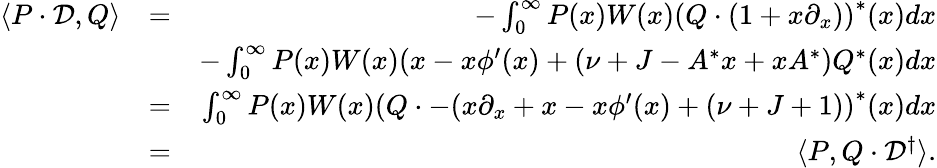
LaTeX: \begin{array}{rlr}{\langle P\cdot\mathcal{D},Q\rangle}&{=}&{-\int_{0}^{\infty}P(x)W(x)\left(Q\cdot(1+x\partial_{x})\right)^{\ast}(x)dx}\\ &{}&{-\int_{0}^{\infty}P(x)W(x)(x-x\phi^{\prime}(x)+(\nu+J-A^{\ast}x+xA^{\ast})Q^{\ast}(x)dx}\\ &{=}&{\int_{0}^{\infty}P(x)W(x)\left(Q\cdot-(x\partial_{x}+x-x\phi^{\prime}(x)+(\nu+J+1)\right)^{\ast}(x)dx}\\ &{=}&{\langle P,Q\cdot\mathcal{D}^{\dagger}\rangle.}\end{array}